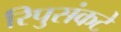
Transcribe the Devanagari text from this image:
रिपुसंकटे